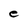
Character: e